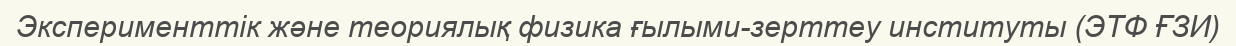
Эксперименттік және теориялық физика ғылыми-зерттеу институты (ЭТФ ҒЗИ)